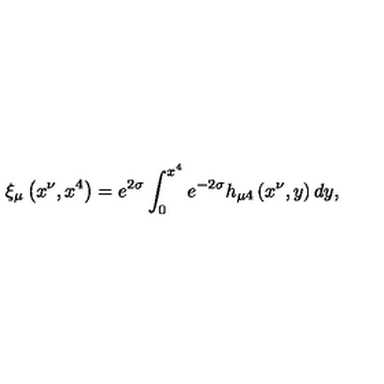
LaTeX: \xi _ { \mu } \left( x ^ { \nu } , x ^ { 4 } \right) = e ^ { 2 \sigma } \int _ { 0 } ^ { x ^ { 4 } } e ^ { - 2 \sigma } h _ { \mu 4 } \left( x ^ { \nu } , y \right) d y ,